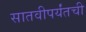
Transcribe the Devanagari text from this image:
सातवीपर्यंतची